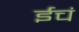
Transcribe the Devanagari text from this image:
ईचं